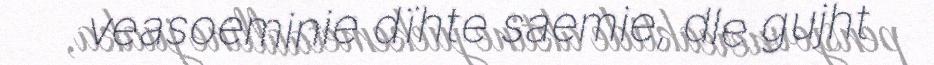
veasoeminie dïhte saemie, dle gujht